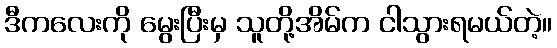
ဒီကလေးကို မွေးပြီးမှ သူတို့အိမ်က ငါသွားရမယ်တဲ့။